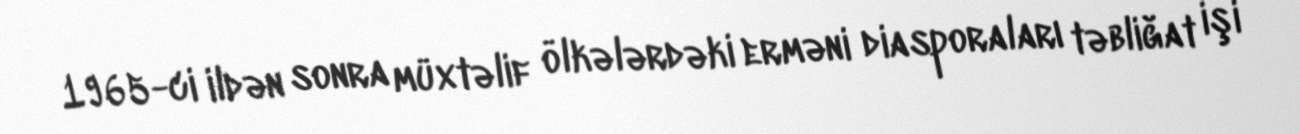
1965-ci ildən sonra müxtəlif ölkələrdəki erməni diasporaları təbliğat işi